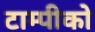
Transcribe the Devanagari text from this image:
टाम्पीको